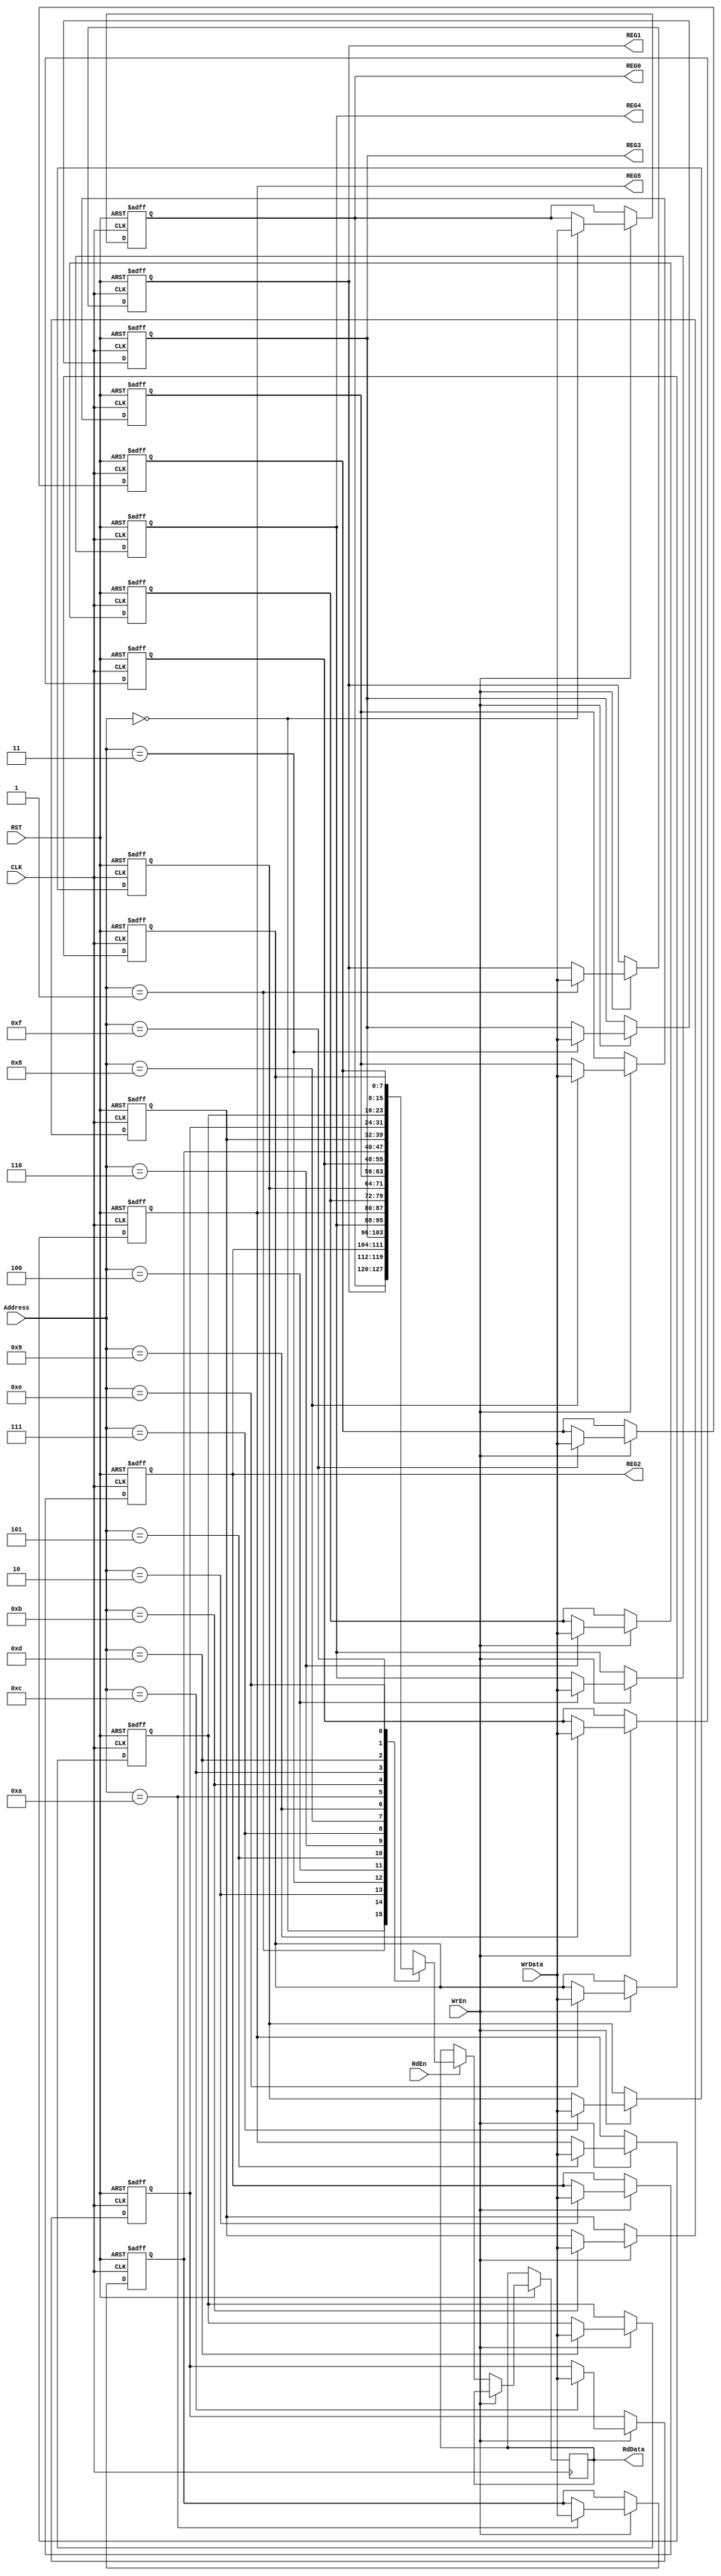
//////////////////////////////////////////////////////////////////////////////////////
//                                  Module Description                              //
// Module Name: Register File                                                       // 
// A register file is an array of processor registers in a central processing       //
// unit (CPU). The following register file is 8*16 RegFile that reserves the first  //
// four memory locations for some of the required configuations for proper system   //
// functionality.                                                                   //                                                     
//////////////////////////////////////////////////////////////////////////////////////

module RegFile 
  #(parameter Data_bus_width    = 8,
              Address_bus_width = 4)
   (
    //-------------------------------Input Ports------------------------------------//
      input      wire       [Data_bus_width - 1:0]      WrData,
      input      wire       [Address_bus_width - 1:0]   Address,
      input      wire                                   WrEn, RdEn,
      input      wire                                   CLK,
      input      wire                                   RST,         // Active Low Asynchronous Reset
    //-------------------------------Output Ports------------------------------------//
      output     reg        [Data_bus_width - 1:0]      RdData,
      output     wire       [Data_bus_width - 1:0]      REG0, REG1, REG2, REG3, REG4, REG5  
   );
   
    // Loop Variables
      integer i;
    // Constant Parameters 
      localparam memory_depth = 1 << Address_bus_width;
      
    // Memory 
      reg     [Data_bus_width - 1:0]     Memory     [0:memory_depth - 1];
      
    // Main combinational Logic
      assign REG0 = Memory[0];                                      // Store ALU operand A value 
      assign REG1 = Memory[1];                                      // Store ALU operand B value
      assign REG2 = Memory[2];                                      // ALU Configuration 0
      assign REG3 = Memory[3];                                      // ALU Configuration 1
      assign REG4 = Memory[4];                                      // UART Configuration
      assign REG5 = Memory[5];                                      // Division Ration
      
    // Main Sequential Block
      always @(posedge CLK or negedge RST)
        begin
          if (!RST)
            begin
              for (i = 0; i < memory_depth; i = i + 1)
                begin
                  Memory[i]   <= 'b0;
                end
            end
          else if (WrEn)
            begin
              Memory[Address] <= WrData;
            end
          else if (RdEn)
            begin
              RdData <= Memory[Address];
            end
        end
endmodule